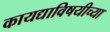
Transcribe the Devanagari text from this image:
कायद्याविषयीच्या